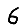
Digit: 6